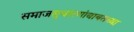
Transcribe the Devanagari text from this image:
समाजसुधारणांबाबतच्या